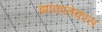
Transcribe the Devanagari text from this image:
झाकातेकास